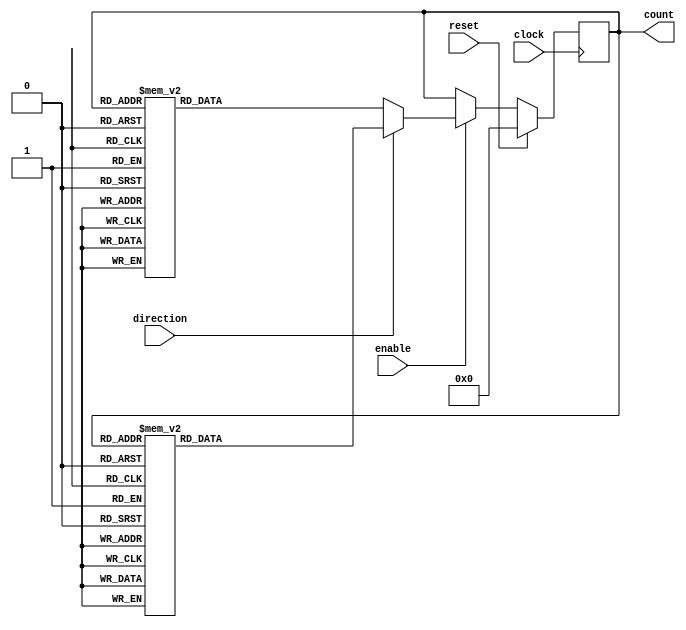
module gray_counter (
    input clock,
    input reset,
    input enable,
    input direction,
    output reg [3:0] count
);

always @(posedge clock) begin
    if (reset) begin
        count <= 4'b0000;
    end else if (enable) begin
        if (direction) begin // increment count
            case(count)
                4'b0000: count <= 4'b0001;
                4'b0001: count <= 4'b0011;
                4'b0011: count <= 4'b0010;
                4'b0010: count <= 4'b0110;
                4'b0110: count <= 4'b0111;
                4'b0111: count <= 4'b0101;
                4'b0101: count <= 4'b0100;
                4'b0100: count <= 4'b1100;
                4'b1100: count <= 4'b1101;
                4'b1101: count <= 4'b1111;
                4'b1111: count <= 4'b1110;
                4'b1110: count <= 4'b1010;
                4'b1010: count <= 4'b1011;
                4'b1011: count <= 4'b1001;
                4'b1001: count <= 4'b1000;
                4'b1000: count <= 4'b0000;
                default: count <= 4'b0000;
            endcase
        end else begin // decrement count
            case(count)
                4'b0000: count <= 4'b1000;
                4'b1000: count <= 4'b1001;
                4'b1001: count <= 4'b1011;
                4'b1011: count <= 4'b1010;
                4'b1010: count <= 4'b1110;
                4'b1110: count <= 4'b1111;
                4'b1111: count <= 4'b1101;
                4'b1101: count <= 4'b1100;
                4'b1100: count <= 4'b0100;
                4'b0100: count <= 4'b0101;
                4'b0101: count <= 4'b0111;
                4'b0111: count <= 4'b0110;
                4'b0110: count <= 4'b0010;
                4'b0010: count <= 4'b0011;
                4'b0011: count <= 4'b0001;
                4'b0001: count <= 4'b0000;
                default: count <= 4'b0000;
            endcase
        end
    end
end

endmodule